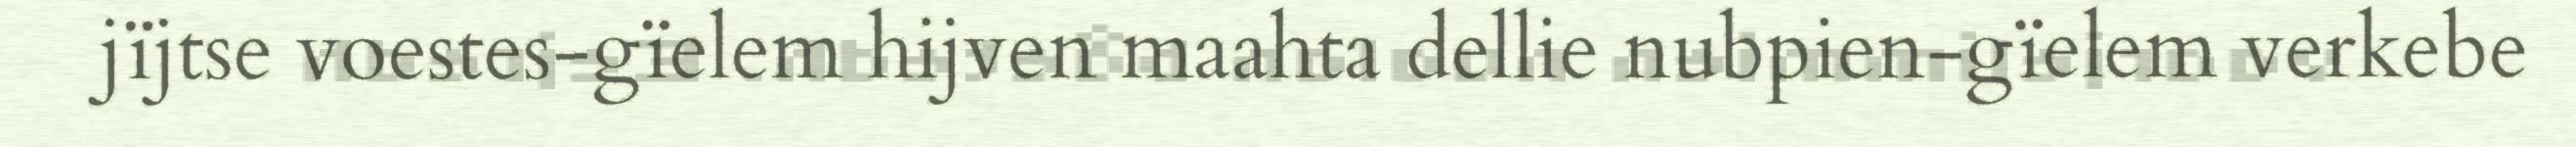
jïjtse voestes-gïelem hijven maahta dellie nubpien-gïelem verkebe